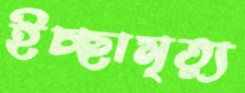
ইচ্ছামৃত্যু